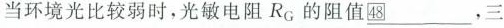
当环境光比较弱时，光敏电阻R_{G}的阻值\underline ㊽，三